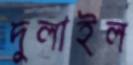
দুলাইল